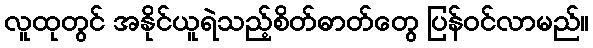
လူထုတွင် အနိုင်ယူရဲသည့်စိတ်ဓာတ်တွေ ပြန်ဝင်လာမည်။